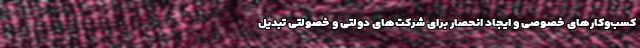
کسب‌وکارهای خصوصی و ایجاد انحصار برای شرکت‌های دولتی و خصولتی تبدیل